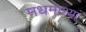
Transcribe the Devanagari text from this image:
मधमाश्यां